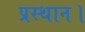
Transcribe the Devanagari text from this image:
प्रस्‍थान।